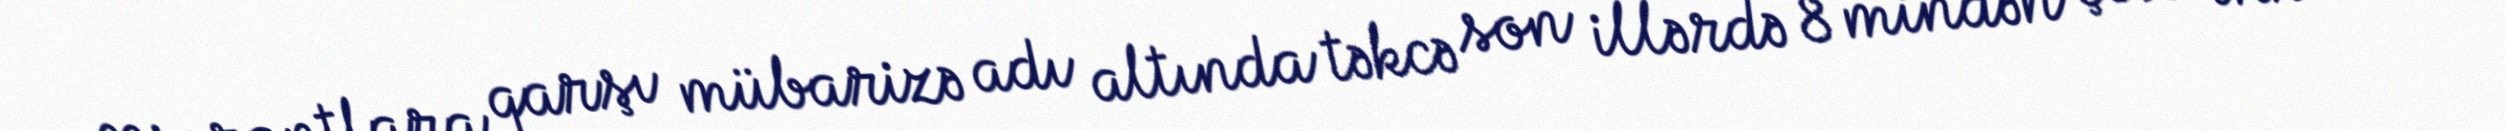
Miqrantlara qarşı mübarizə adı altında təkcə son illərdə 8 mindən çox insan